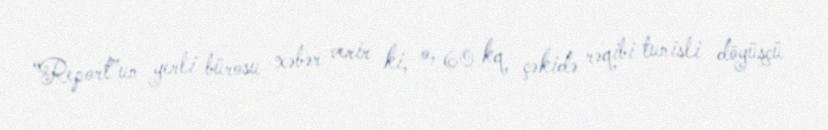
“Report”un yerli bürosu xəbər verir ki, o, 60 kq çəkidə rəqibi tunisli döyüşçü